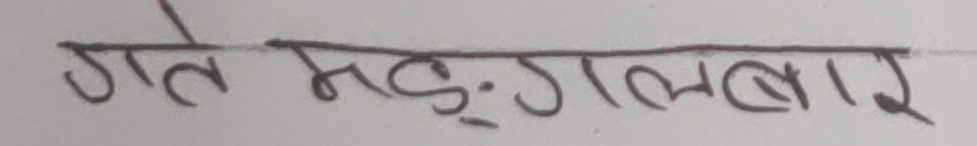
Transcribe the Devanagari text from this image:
गत मंगलवार